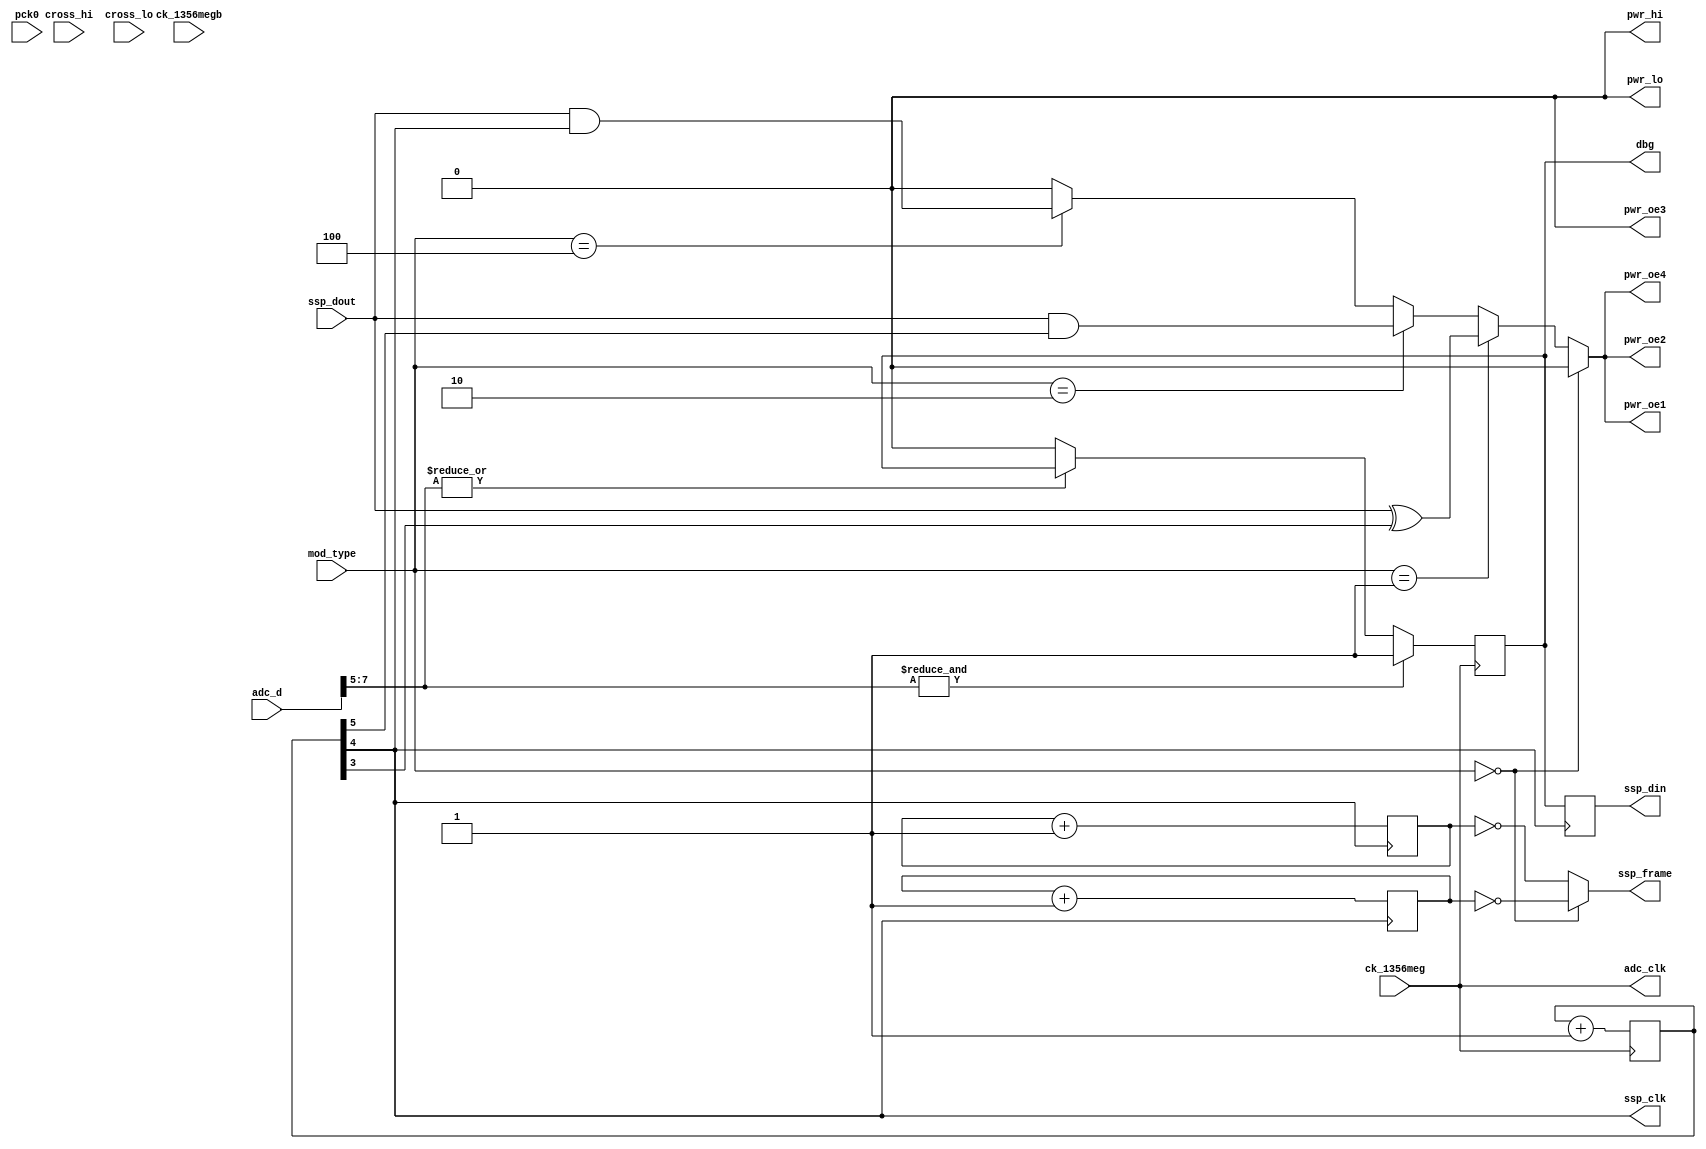
module hi_simulate(
    pck0, ck_1356meg, ck_1356megb,
    pwr_lo, pwr_hi, pwr_oe1, pwr_oe2, pwr_oe3, pwr_oe4,
    adc_d, adc_clk,
    ssp_frame, ssp_din, ssp_dout, ssp_clk,
    cross_hi, cross_lo,
    dbg,
    mod_type
);
    input pck0, ck_1356meg, ck_1356megb;
    output pwr_lo, pwr_hi, pwr_oe1, pwr_oe2, pwr_oe3, pwr_oe4;
    input [7:0] adc_d;
    output adc_clk;
    input ssp_dout;
    output ssp_frame, ssp_din, ssp_clk;
    input cross_hi, cross_lo;
    output dbg;
    input [2:0] mod_type;

// Power amp goes between LOW and tri-state, so pwr_hi (and pwr_lo) can
// always be low.
assign pwr_hi = 1'b0;
assign pwr_lo = 1'b0;

// The comparator with hysteresis on the output from the peak detector.
reg after_hysteresis;
assign adc_clk = ck_1356meg;

always @(negedge adc_clk)
begin
    if(& adc_d[7:5]) after_hysteresis = 1'b1;
    else if(~(| adc_d[7:5])) after_hysteresis = 1'b0;
end

// Divide 13.56 MHz by 32 to produce the SSP_CLK
// The register is bigger to allow higher division factors of up to /128
reg [6:0] ssp_clk_divider;
always @(posedge adc_clk)
    ssp_clk_divider <= (ssp_clk_divider + 1);
assign ssp_clk = ssp_clk_divider[4];

// Divide SSP_CLK by 8 to produce the byte framing signal; the phase of
// this is arbitrary, because it's just a bitstream.
// One nasty issue, though: I can't make it work with both rx and tx at
// once. The phase wrt ssp_clk must be changed. TODO to find out why
// that is and make a better fix.
reg [2:0] ssp_frame_divider_to_arm;
always @(posedge ssp_clk)
    ssp_frame_divider_to_arm <= (ssp_frame_divider_to_arm + 1);
reg [2:0] ssp_frame_divider_from_arm;
always @(negedge ssp_clk)
    ssp_frame_divider_from_arm <= (ssp_frame_divider_from_arm + 1);

reg ssp_frame;
always @(ssp_frame_divider_to_arm or ssp_frame_divider_from_arm or mod_type)
    if(mod_type == 3'b000) // not modulating, so listening, to ARM
        ssp_frame = (ssp_frame_divider_to_arm == 3'b000);
    else
        ssp_frame = (ssp_frame_divider_from_arm == 3'b000);

// Synchronize up the after-hysteresis signal, to produce DIN.
reg ssp_din;
always @(posedge ssp_clk)
    ssp_din = after_hysteresis;

// Modulating carrier frequency is fc/16, reuse ssp_clk divider for that
reg modulating_carrier;
always @(mod_type or ssp_clk or ssp_dout)
    if(mod_type == 3'b000)
        modulating_carrier <= 1'b0;                          // no modulation
    else if(mod_type == 3'b001)
        modulating_carrier <= ssp_dout ^ ssp_clk_divider[3]; // XOR means BPSK
    else if(mod_type == 3'b010)
	modulating_carrier <= ssp_dout & ssp_clk_divider[5]; // switch 212kHz subcarrier on/off
    else if(mod_type == 3'b100)
	modulating_carrier <= ssp_dout & ssp_clk_divider[4]; // switch 424kHz modulation on/off
    else
        modulating_carrier <= 1'b0;                           // yet unused

// This one is all LF, so doesn't matter
assign pwr_oe2 = modulating_carrier;

// Toggle only one of these, since we are already producing much deeper
// modulation than a real tag would.
assign pwr_oe1 = modulating_carrier;
assign pwr_oe4 = modulating_carrier;

// This one is always on, so that we can watch the carrier.
assign pwr_oe3 = 1'b0;

assign dbg = after_hysteresis;
//reg dbg;
//always @(ssp_dout)
//    dbg <= ssp_dout;

endmodule